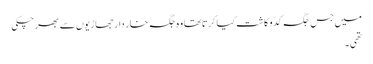
میں جس جگہ کدّو کاشت کیا کرتاتھا وہ جگہ خار دار جھاڑیوں سے بھر چکی
تھی ۔